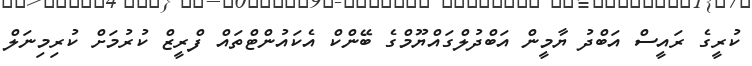
ކުރީގެ ރައީސް އަބްދު ޔާމީން އަބްދުލްގައްޔޫމްގެ ބޭންކް އެކައުންޓްތައް ފްރީޒް ކުރުމަށް ކުރިމިނަލް